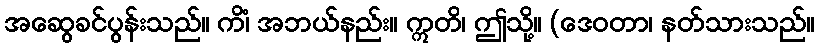
အဆွေခင်ပွန်းသည်။ ကိံ၊ အဘယ်နည်း။ ဣတိ၊ ဤသို့။ (ဒေဝတာ၊ နတ်သားသည်။